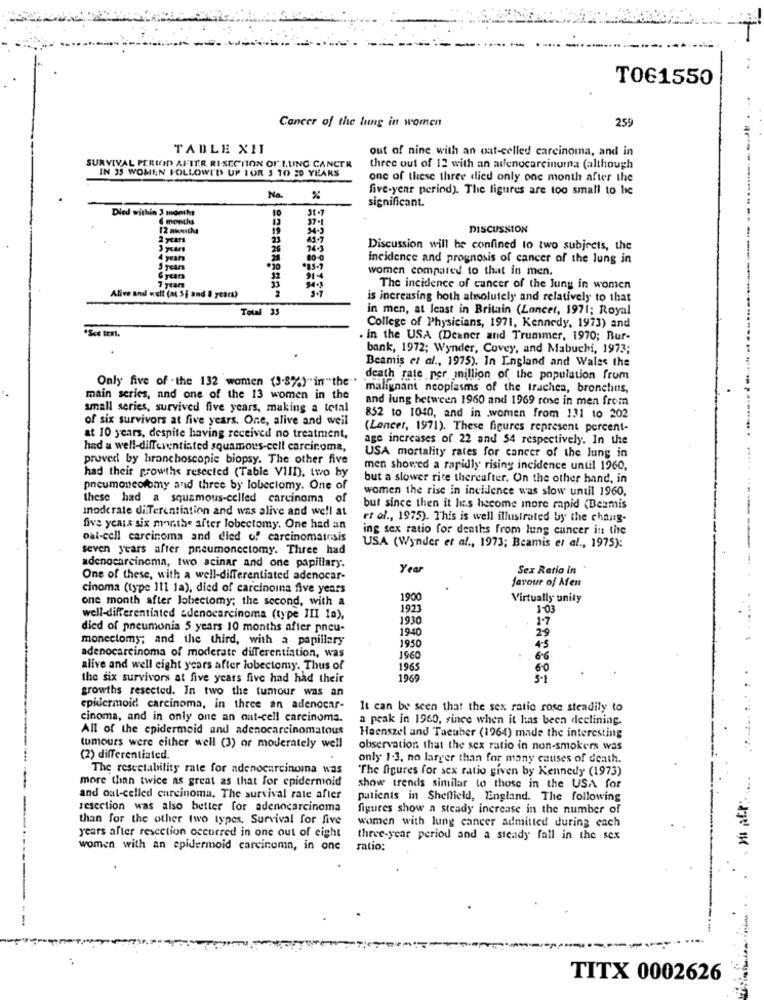
TOG1550
Cancer of the lung in women
259
TABLE X11
out of nine with an out-celled carcinoma, and in
SURVIVAL PERIOD AFTER RISECTION OF LUNG CANCER
IN 35 WOMEN FOLLOWI'D UP FOR 5 TO 20 YEARS
three out of 12 with an adenocarcinoma (although
one of these three died only one month after the
five-year period). The figures are too small to he
Na
%
significant.
Died within 3 months
6 montlu
37-1
12 months
19
DISCUSSION
2 years
23
45.7
----...
26
Discussion will be confined to two subjects, the
4 years
80-0
incidence and prognosis of cancer of the lung in
5 years
women compared to that in men.
32
914
7 years
33
2
The incidence of cancer of the lung in women
Alive and well (at Si and 8 years)
is increasing hoth absolutely and relatively to that
Total 35
in men, at least in Britain (Lancet, 1971; Royal
*Sce test.
College of Physicians, 1971, Kennedy, 1973) and
. in the USA (Deaner and Trummer, 1970; Bur-
bank, 1972; Wynder, Covey, and Mabuchi, 1973;
Beamis et al ., 1975). In England and Wales the
Only five of - the 132 women (9.8%)"in "the".
death rate per million of the population frum
malignant neoplasms of the trachea, bronchitis,
main series, and one of the 13 women in the
and lung between 1960 and 1969 rose in men from
small series, survived five years, making a total
of six survivors at five years. One, alive and weil
852 to 1040, and in women from 131 to 202
(Lancet, 1971). These figures represent percent-
at 10 years, despite having received no treatment,
age increases of 22 and 54 respectively. In the
had a well-differentiated squamous-cell carcinoma,
proved by bronchoscopie biopsy. The other five
USA mortality rates for cancer of the lung in
men showed a rapidly rising incidence until 1960,
had their growths resected (Table VIII), two by
but a slower rite thereafter. On the other hand, in
pneumoncoromy and three by lobeclomy. One of
women the rise in incidence was slow until 1960,
these had a squamous-celled carcinoma of
moderate differentiation and was alive and well at
but since then it Is become more rapid (Bezmis
et al ., 1975). This is well illustrated by the chang-
five years six monthe after lobectomy. One had an
ing sex ratio for deaths from lung cancer in the
oai-cell carcinoma and died of carcinomatosis
seven years after pneumoncetomy. Three had
USA (Wynder et al ., 1973; Beamis et al ., 1975):
adenocarcinoma, two acinar and one papillary.
Year
Sex Ratio in
One of these, with a well-differentiated adenocar-
favour of Afen
cinoma (type 111 la), died of carcinoina five years
one month after lobectomy; the second, with a
1900
Virtually unity
1923
1-03
well-differentiated adenocarcinoma (type III la),
1930
died of pneumonia 5 years 10 months after pneu-
1940
29
monectomy; and the third, with a papillary
1950
45
adenocarcinoma of moderate differentiation, was
1960
6-6
alive and well eight years after lobectomy. Thus of
1965
60
the six survivors at five years five had had their
1969
growths resected. In two the tumour was an
epidermoid carcinoma, in three an adenocar-
It can be seen that the sex ratio rose steadily to
cinoma, and in only one an out-cell carcinoma.
a peak in 1960, since when it has been declining.
All of the epidermoid and adenocarcinomatous
Haenszel and Taeuber (1964) made the interesting
tumours were either well (3) or moderately well
observation that the sex ratio in non-smokers was
(2) differentiated.
only 1-3, no larger than for many causes of death.
The resectability rate for adenocarcinoma was
"The figures for sex ratio given by Kennedy (1973)
more than twice as great as that for epidermoid
show trends similar to those in the USA for
and out-celled carcinoma. The survival rate after
patients in Sheffield, England. The following
resection was also better for adenocarcinoma
figures show a steady increase in the number of
than for the other two types. Survival for five
women with lung cancer admitted during each
years after resection occurred in one out of eight
three-year period and a steady fall in the sex
women with an epidermoid carcinoma, in one
ratio:
--
--------
TITX 0002626